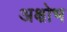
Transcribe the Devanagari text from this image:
अक्षोभ